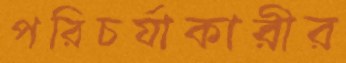
পরিচর্যাকারীর